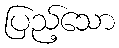
ပြည့်သော